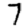
Digit: 7